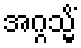
အဂ္ဂသ္မိံ